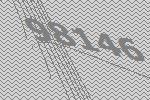
98146